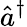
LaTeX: {\hat{a}}^{\dagger}